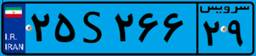
۱۳S۵۳۲۷۸